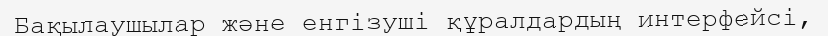
Бақылаушылар және енгізуші құралдардың интерфейсі,